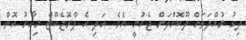
ދިގު މުއްދަތަށް ދޫކޮށްލަން ޖެހުނީ އެވެ. އަދި އެ ޕްރޮޖެކްޓް މިހާރު އޮތް